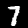
Label: 7